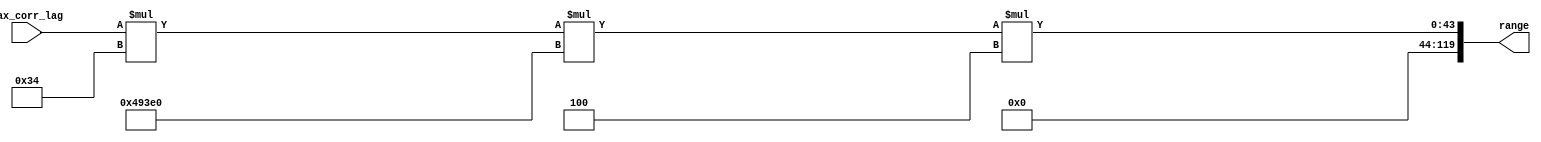
// -------------------------------------------------------------
// 
// 
// Generated by MATLAB 9.14 and HDL Coder 4.1
// 
// -------------------------------------------------------------


// -------------------------------------------------------------
// 
// Module: Range_Calculation
// Source Path: RSP/RSP/Range Processor/Range Calculator/Range Calculation
// Hierarchy Level: 3
// 
// -------------------------------------------------------------

`timescale 1 ns / 1 ns

module Range_Calculation
          (max_corr_lag,
           range);


  input   [15:0] max_corr_lag;  // uint16
  output  [119:0] range;  // ufix120_En35


  wire [31:0] T_sampling_out1;  // ufix32_En32
  wire [47:0] Product_out1;  // ufix48_En32
  wire [63:0] LightSpeed_km_out1;  // ufix64
  wire [111:0] Product1_out1;  // ufix112_En32
  wire [7:0] RTT_Constant_out1;  // ufix8_En3
  wire [119:0] Product2_out1;  // ufix120_En35


  assign T_sampling_out1 = 32'b00000000000000000000000000110100;



  assign Product_out1 = max_corr_lag * T_sampling_out1;



  assign LightSpeed_km_out1 = 64'h00000000000493E0;



  assign Product1_out1 = Product_out1 * LightSpeed_km_out1;



  assign RTT_Constant_out1 = 8'b00000100;



  assign Product2_out1 = Product1_out1 * RTT_Constant_out1;



  assign range = Product2_out1;

endmodule  // Range_Calculation